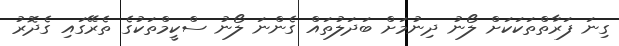
ގިނަ ފަރާތްތަކަކަށް ލޯނު ދިނުމަށް ބަދަލުތައް ގެންނަ ލޯނު ސްކީމްތަކުގެ ތެރޭގައި ގެދޮރު